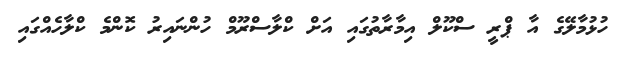
ހުޅުމާލޭގެ އާ ޕްރީ ސްކޫލް އިމާރާތުގައި އަށް ކްލާސްރޫމް ހުންނައިރު ކޮންމެ ކްލާހެއްގައި